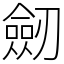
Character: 劒